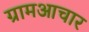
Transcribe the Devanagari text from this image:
ग्रामआचार